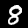
Digit: 8